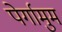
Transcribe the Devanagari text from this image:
पेर्गामुम